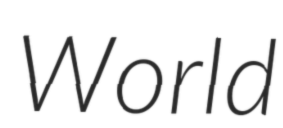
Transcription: World